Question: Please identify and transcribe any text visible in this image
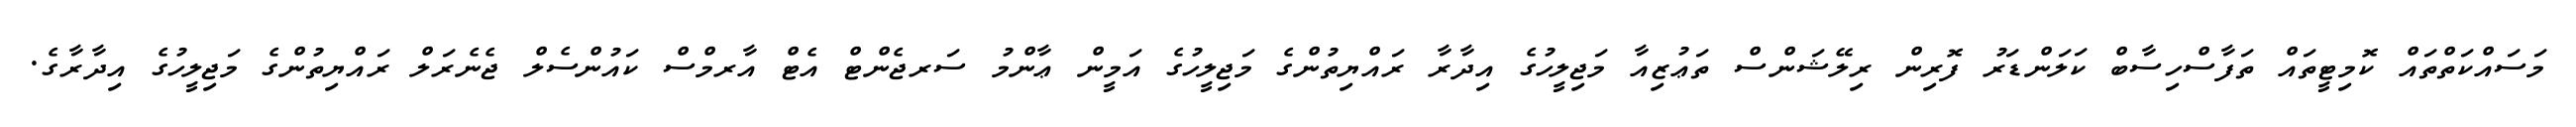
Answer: މަސައްކަތްތައް ކޮމިޓީތައް ތަފާސްހިސާބް ކަލަންޑަރު ފޮރިން ރިލޭޝަންސް ތަޢުޒިއާ މަޖިލީހުގެ އިދާރާ ރައްޔިތުންގެ މަޖިލީހުގެ އަމީން ޢާންމު ސަރޖެންޓް އެޓް އާރމްސް ކައުންސެލް ޖެނެރަލް ރައްޔިތުންގެ މަޖިލީހުގެ އިދާރާގެ.